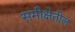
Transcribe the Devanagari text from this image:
समीक्षेतील